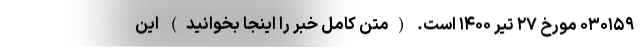
۰۳۰۱۵۹ مورخ ۲۷ تیر ۱۴۰۰ است. (متن کامل خبر را اینجا بخوانید) این